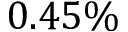
0 . 4 5 \%